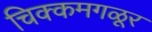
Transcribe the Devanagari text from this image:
चिक्कमगळूर